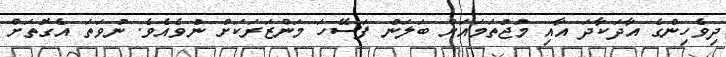
ދިވެހިންގެ އާދަކާދަ އާއި މުޖުތަމައަށް ބަލަން ފަސޭހަ މަންޒަރަކަށް ނުވެއެވެ. ނުވަތަ އެގޮތަށް